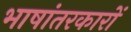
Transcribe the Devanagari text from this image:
भाषांतरकारों